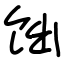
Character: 饳